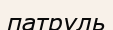
патруль